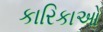
કારિકાઓ